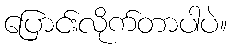
ပြောင်းလိုက်တာပါပဲ။